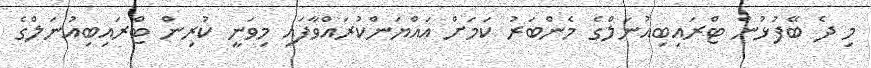
މި ދެ ބޭފުޅުން ޓްރައިބިއުނަލްގެ މެންބަރު ކަމަށް އައްޔަންކުރައްވާފައި މިވަނީ ކުރިން ޓްރައިބިއުނަލްގެ